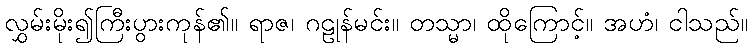
လွှမ်းမိုး၍ကြီးပွားကုန်၏။ ရာဇ၊ ဂဠုန်မင်း။ တသ္မာ၊ ထိုကြောင့်။ အဟံ၊ ငါသည်။